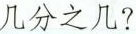
几分之几?